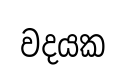
වදයක